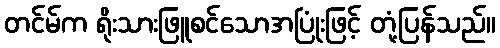
တင်မ်က ရိုးသားဖြူစင်သောအပြုံးဖြင့် တုံ့ပြန်သည်။